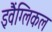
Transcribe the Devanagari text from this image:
इवैंग्लिकल